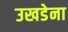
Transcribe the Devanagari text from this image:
उखडेना